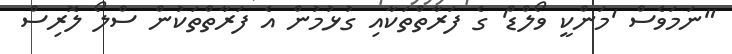
"ނަމަވެސް 'މަންކީ ވޯލްޑް' ގެ ފަރާތްތަކާއި ގުޅުމުން އެ ފަރާތްތަކުން ސްލޯ ލޮރިސް